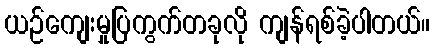
ယဉ်ကျေးမှုပြကွက်တခုလို ကျန်ရစ်ခဲ့ပါတယ်။